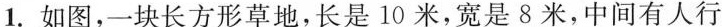
1.如图，一块长方形草地，长是10米，宽是8米，中间有人行